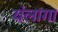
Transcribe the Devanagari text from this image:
यंलागा